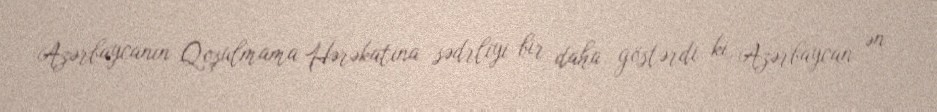
Azərbaycanın Qoşulmama Hərəkatına sədrliyi bir daha göstərdi ki, Azərbaycan ən